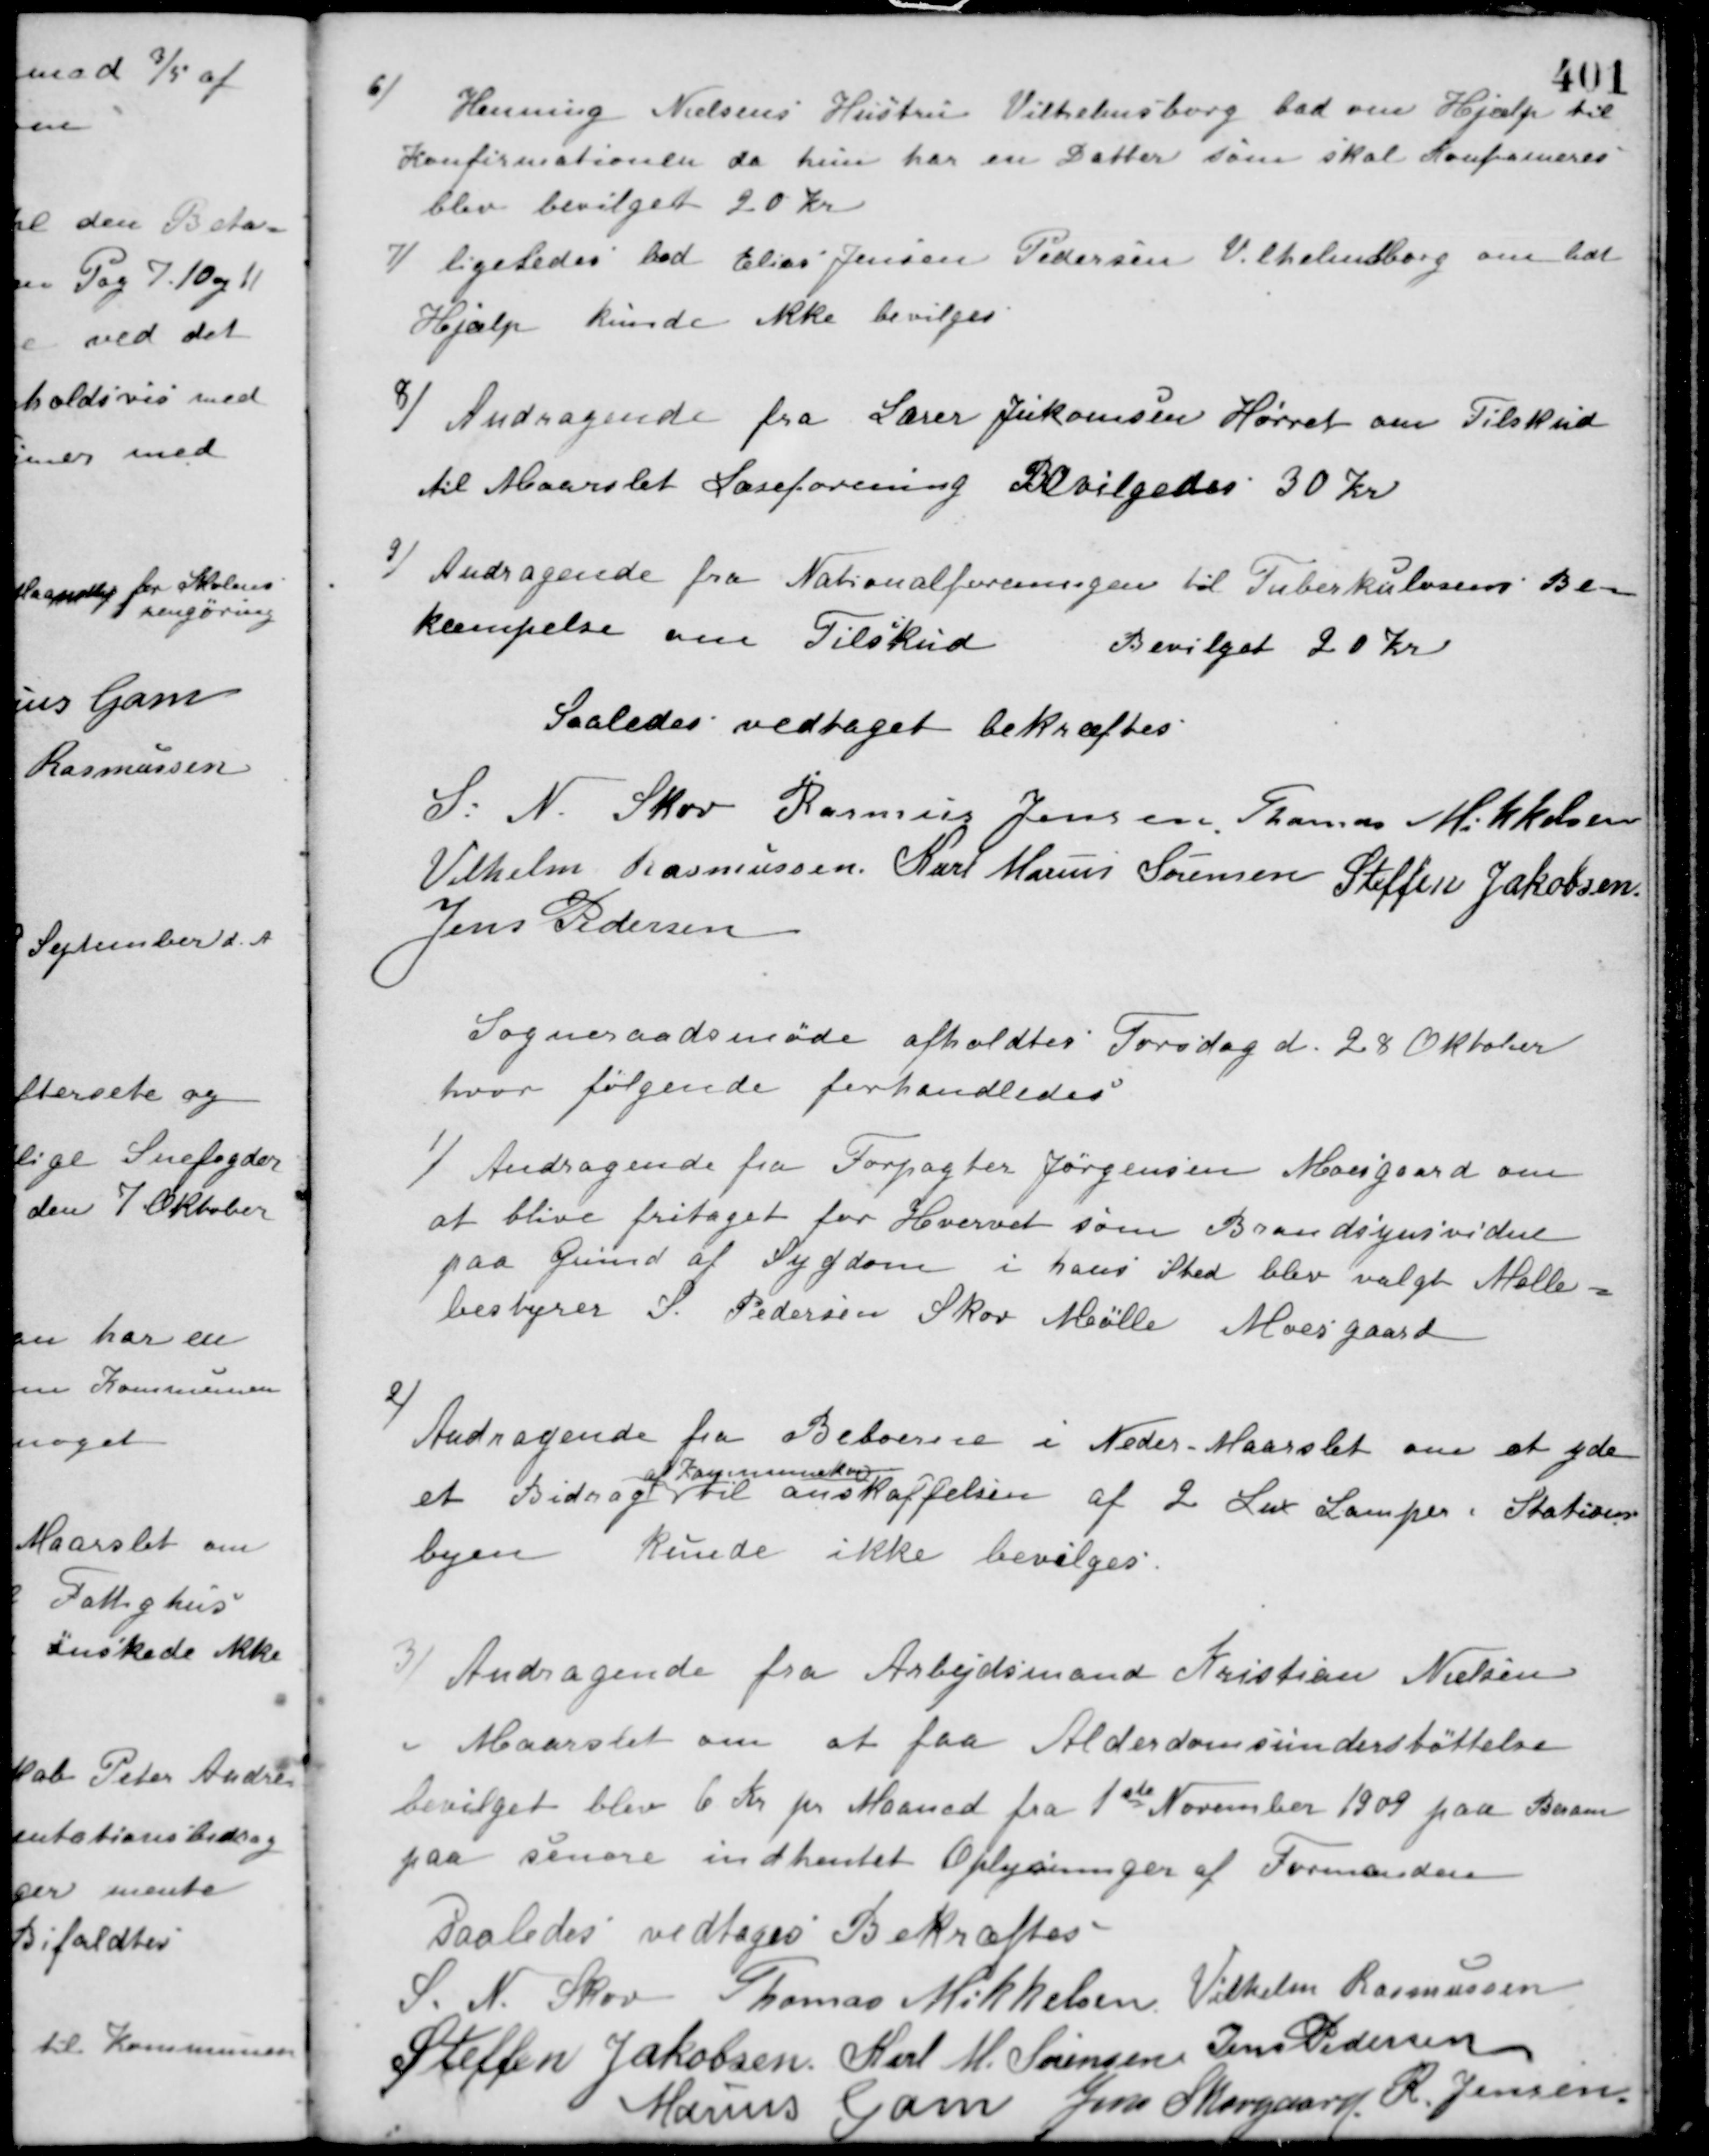
Transskription:
6) Henning Nielsens Hustru Vilhelmsborg bad om Hjælp til
Konfirmationen da hun har en Datter som skal Konfirmeres
blev bevilget 20 Kr.
7) ligeledes bad Elias Jensen Pedersen Vilhelmsborg om lidt
Hjælp kunde ikke bevilges
8) Andragende fra Lærer Jukomsen Hørret om Tilskud
til Maarslet Læseforening Bevilgedes 30 Kr.
9) Andragende fra Nationalforeningen til Tuberkulosens Be-
kæmpelse om Tilskud
Bevilget 20 Kr.
Saaledes vedtaget bekræftes
S. N. Skov Rasmus Jensen Thomas Mikkelsen
Vilhelm Rasmussen Karl Marius Sørensen Steffen Jakobsen
Jens Pedersen
Sogneraadsmøde afholdtes Torsdag d. 28 Oktober
hvor følgende forhandledes
1) Andragende fra Forpagter Jørgensen Moesgaard om
at blive fritaget for Hvervet som Brandsynsvidne
paa Grund af Sygdom i hans Sted blev valgt Mølle-
bestyrer S. Pedersen Skov Mølle Moesgaard
2) Andragende fra Beboerne i Neder-Maarslet om at yde
et Bidrag
af Kommunekassen
til anskaffelsen af 2 Lux Lamper i Stations-
byen kunde ikke bevilges.
3) Andragende fra Arbejdsmand Kristian Nielsen
i Maarslet om at faa Alderdomsunderstøttelse
bevilget blev 6 Kr. pr. Maaned fra 1ste November 1909 paa Beram
paa senere indhentet Oplysninger af Formanden
saaledes vedtaget Bekræftes
S. N. Skov Thomas Mikkelsen Vilhelm Rasmussen
Steffen Jakobsen Karl M. Sørensen Jens Pedersen
Marius Gam Jens Skovgaard R. Jensen